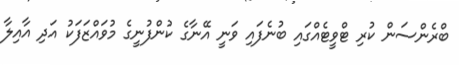
ބްރެންސަން ކުރި ޓްވީޓެއްގައި ބުނެފައި ވަނީ އޭނާގެ ކުންފުނީގެ މުވައްޒަފަކު އަދި އާއިލާ